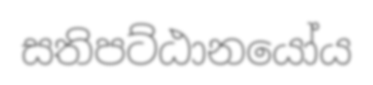
සතිපට්ඨානයෝය